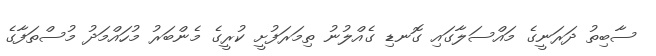
ސާބިތު ދަރަނީގެ މައްސަލާގައި ގޮނޑި ގެއްލުނު ތިމަރަފުށީ ކުރީގެ މެންބަރު މުހައްމަދު މުސްތަފާގެ